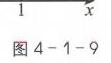
$1\ \ \ \ \ x$
图4 - 1 - 9